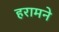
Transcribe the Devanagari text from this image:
हरामने